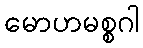
မောဟမစ္စဂါ